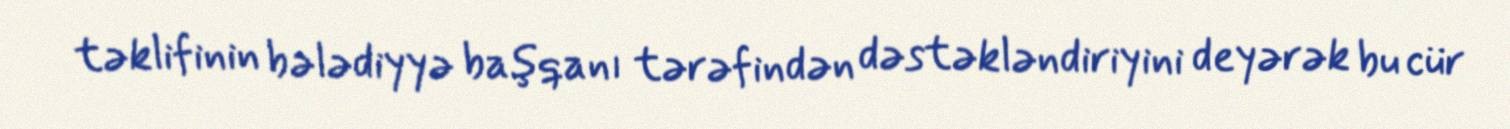
təklifinin bələdiyyə başqanı tərəfindən dəstəkləndiriyini deyərək bu cür